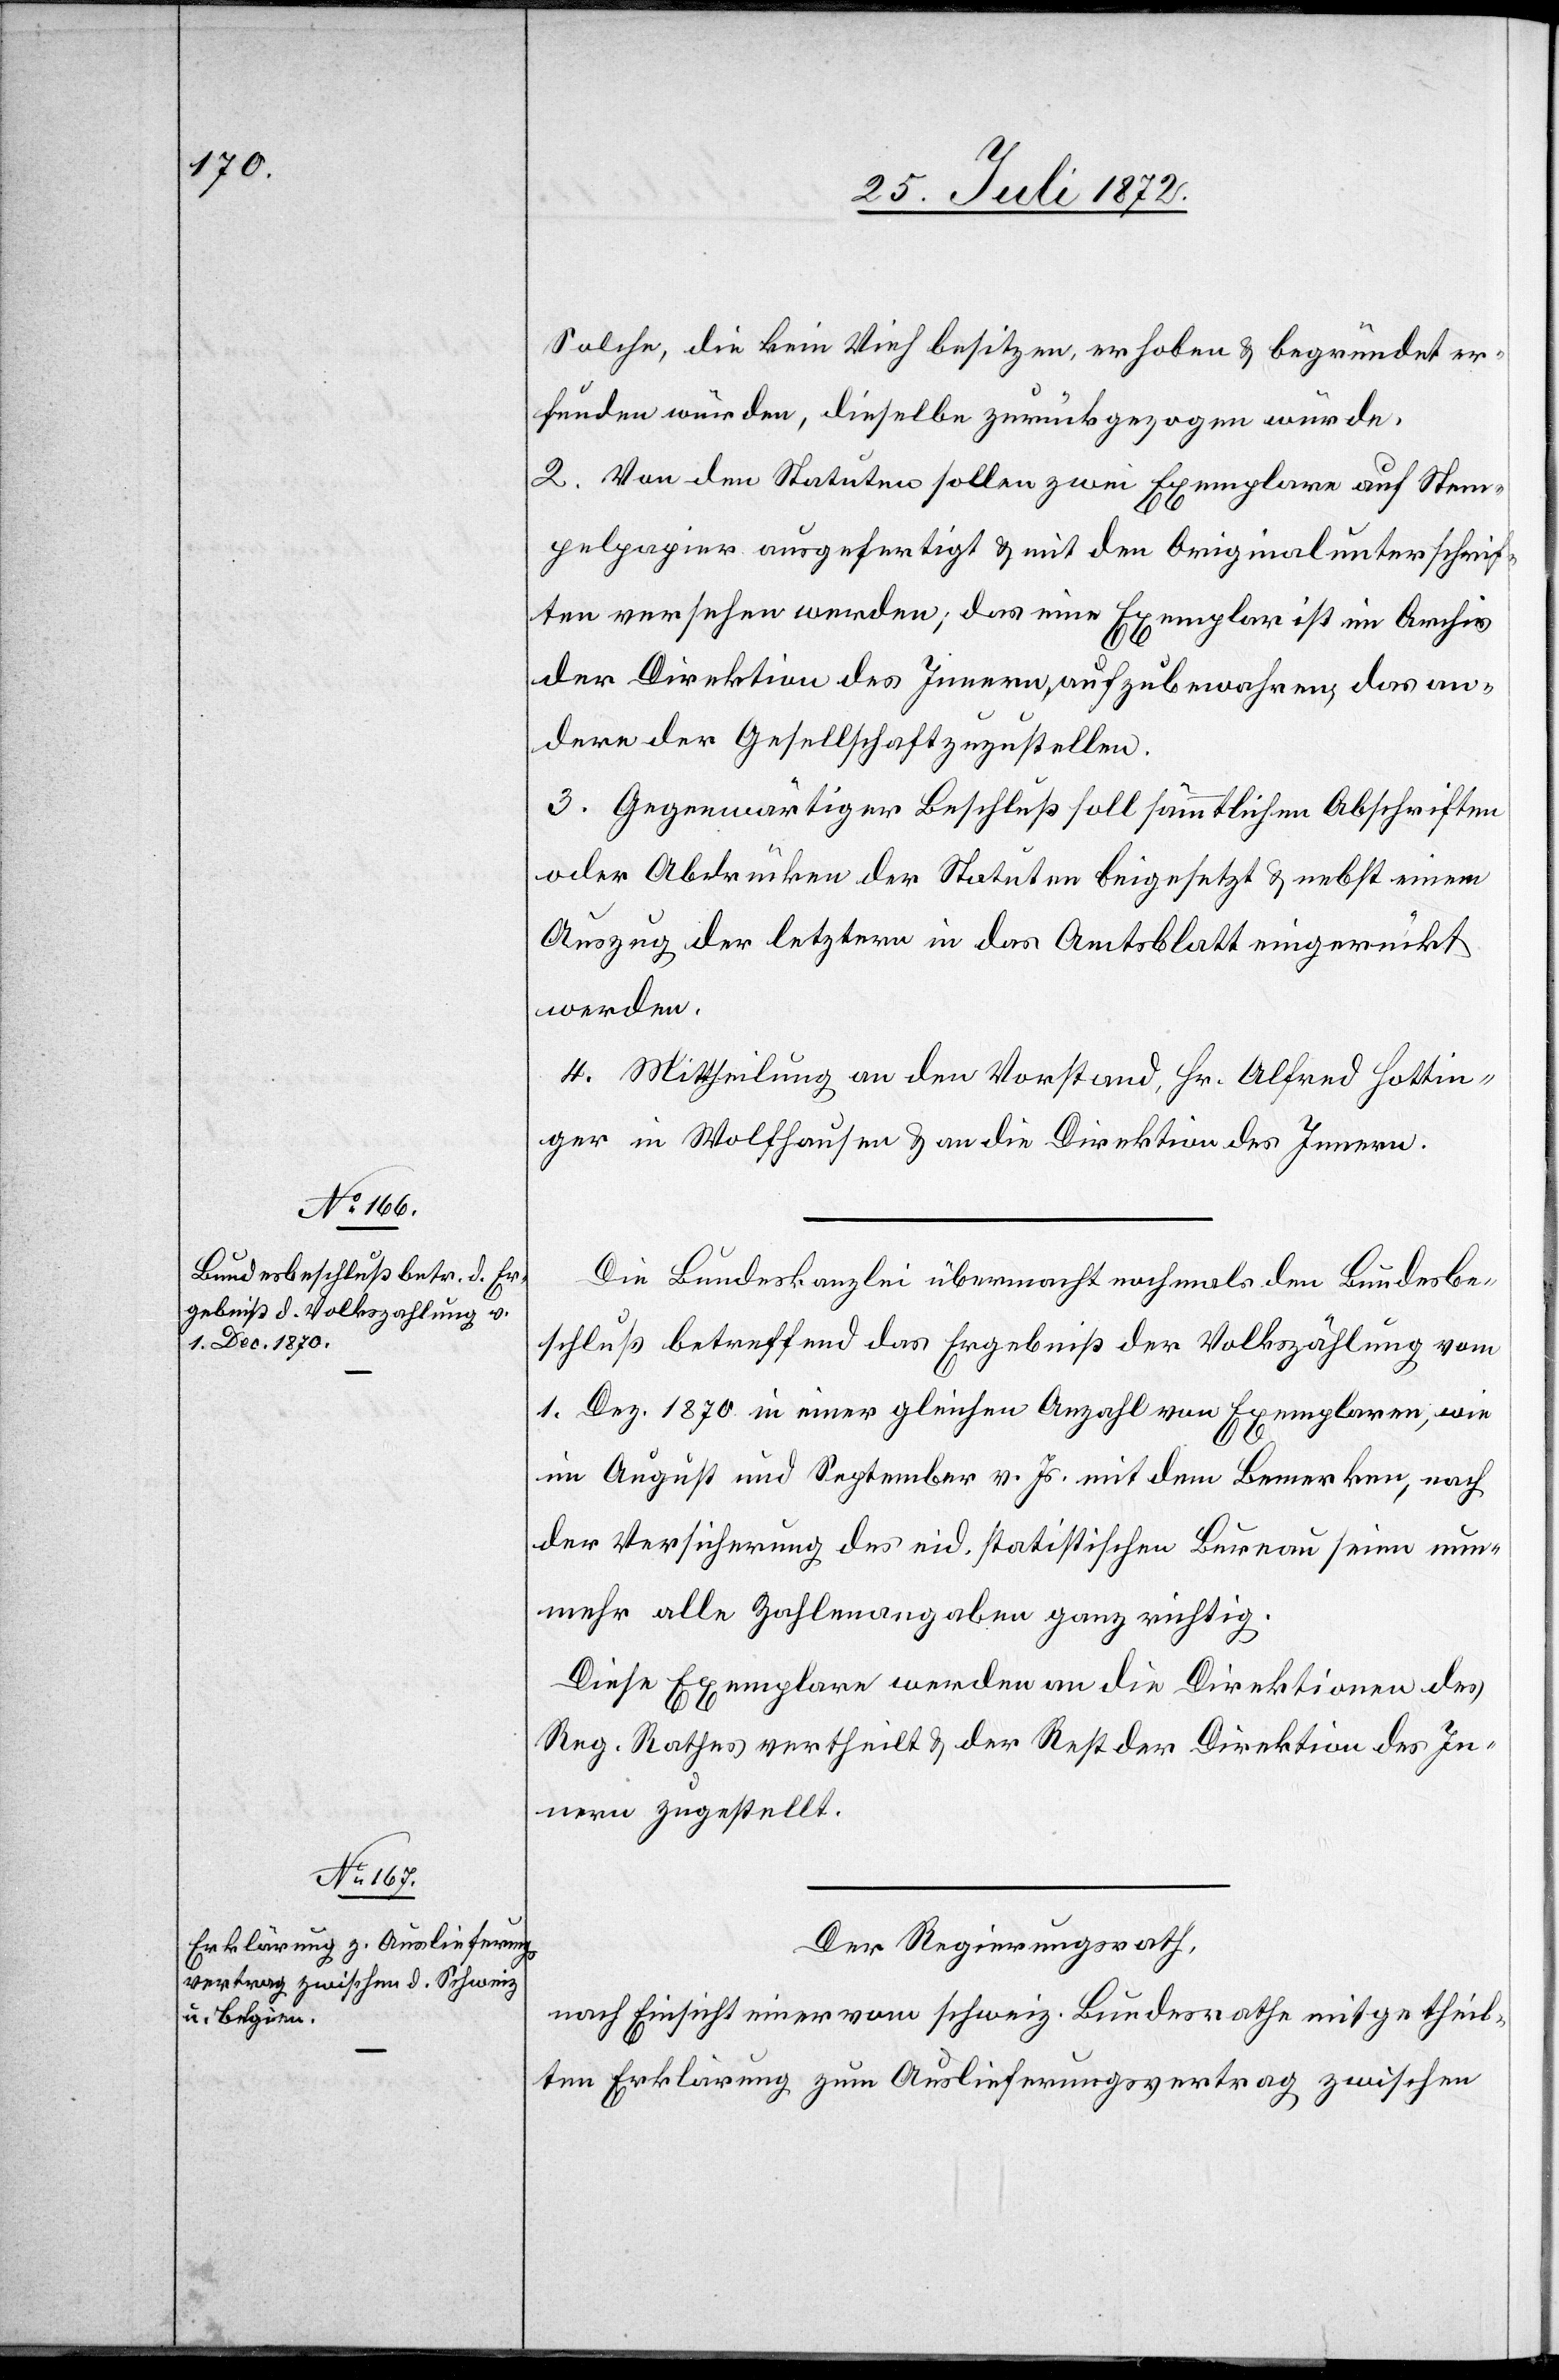
Solche, die kein Vieh besitzen, erhoben u. begründet er¬
funden würde, dieselbe zurückgezogen würde.
2. Von den Statuten sollen zwei Exemplare auf Stem¬
pelpapier ausgefertigt u. mit den Originalunterschrif¬
ten versehen werden; das eine Exemplar ist im Archiv
der Direktion des Innern aufzubewahren, das an¬
dere der Gesellschaft zuzustellen.
3. Gegenwärtiger Beschluß soll sämmtlichen Abschriften
oder Abdrücken der Statuten beigesetzt u. nebst einem
Auszug der letztern in das Amtsblatt eingerückt
werden.
4. Mittheilung an den Vorstand, Hr. Alfred Hottin¬
ger in Wolfhausen u. an die Direktion des Innern.
Die Bundeskanzlei übermacht nochmals den Bundesbe¬
schluß betreffend das Ergebniß der Volkszählung vom
1. Dez. 1870 in einer gleichen Anzahl von Exemplaren, wie
im August und September v. Js. mit dem Bemerken, nach
der Versicherung des eid. statistischen Bureau seien nun¬
mehr alle Zahlenangaben ganz richtig.
Diese Exemplare werde an die Direktionen des
Reg. Rathes vertheilt u. der Rest der Direktion des In¬
nern zugestellt.
Der Regierungsrath,
nach Einsicht einer vom schweiz. Bundesrathe mitgetheil¬
ten Erklärung zum Auslieferungsvertrag zwischen